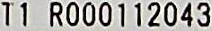
T1 R000112043